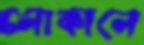
চলাকালে